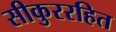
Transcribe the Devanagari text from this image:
सीकुररहित